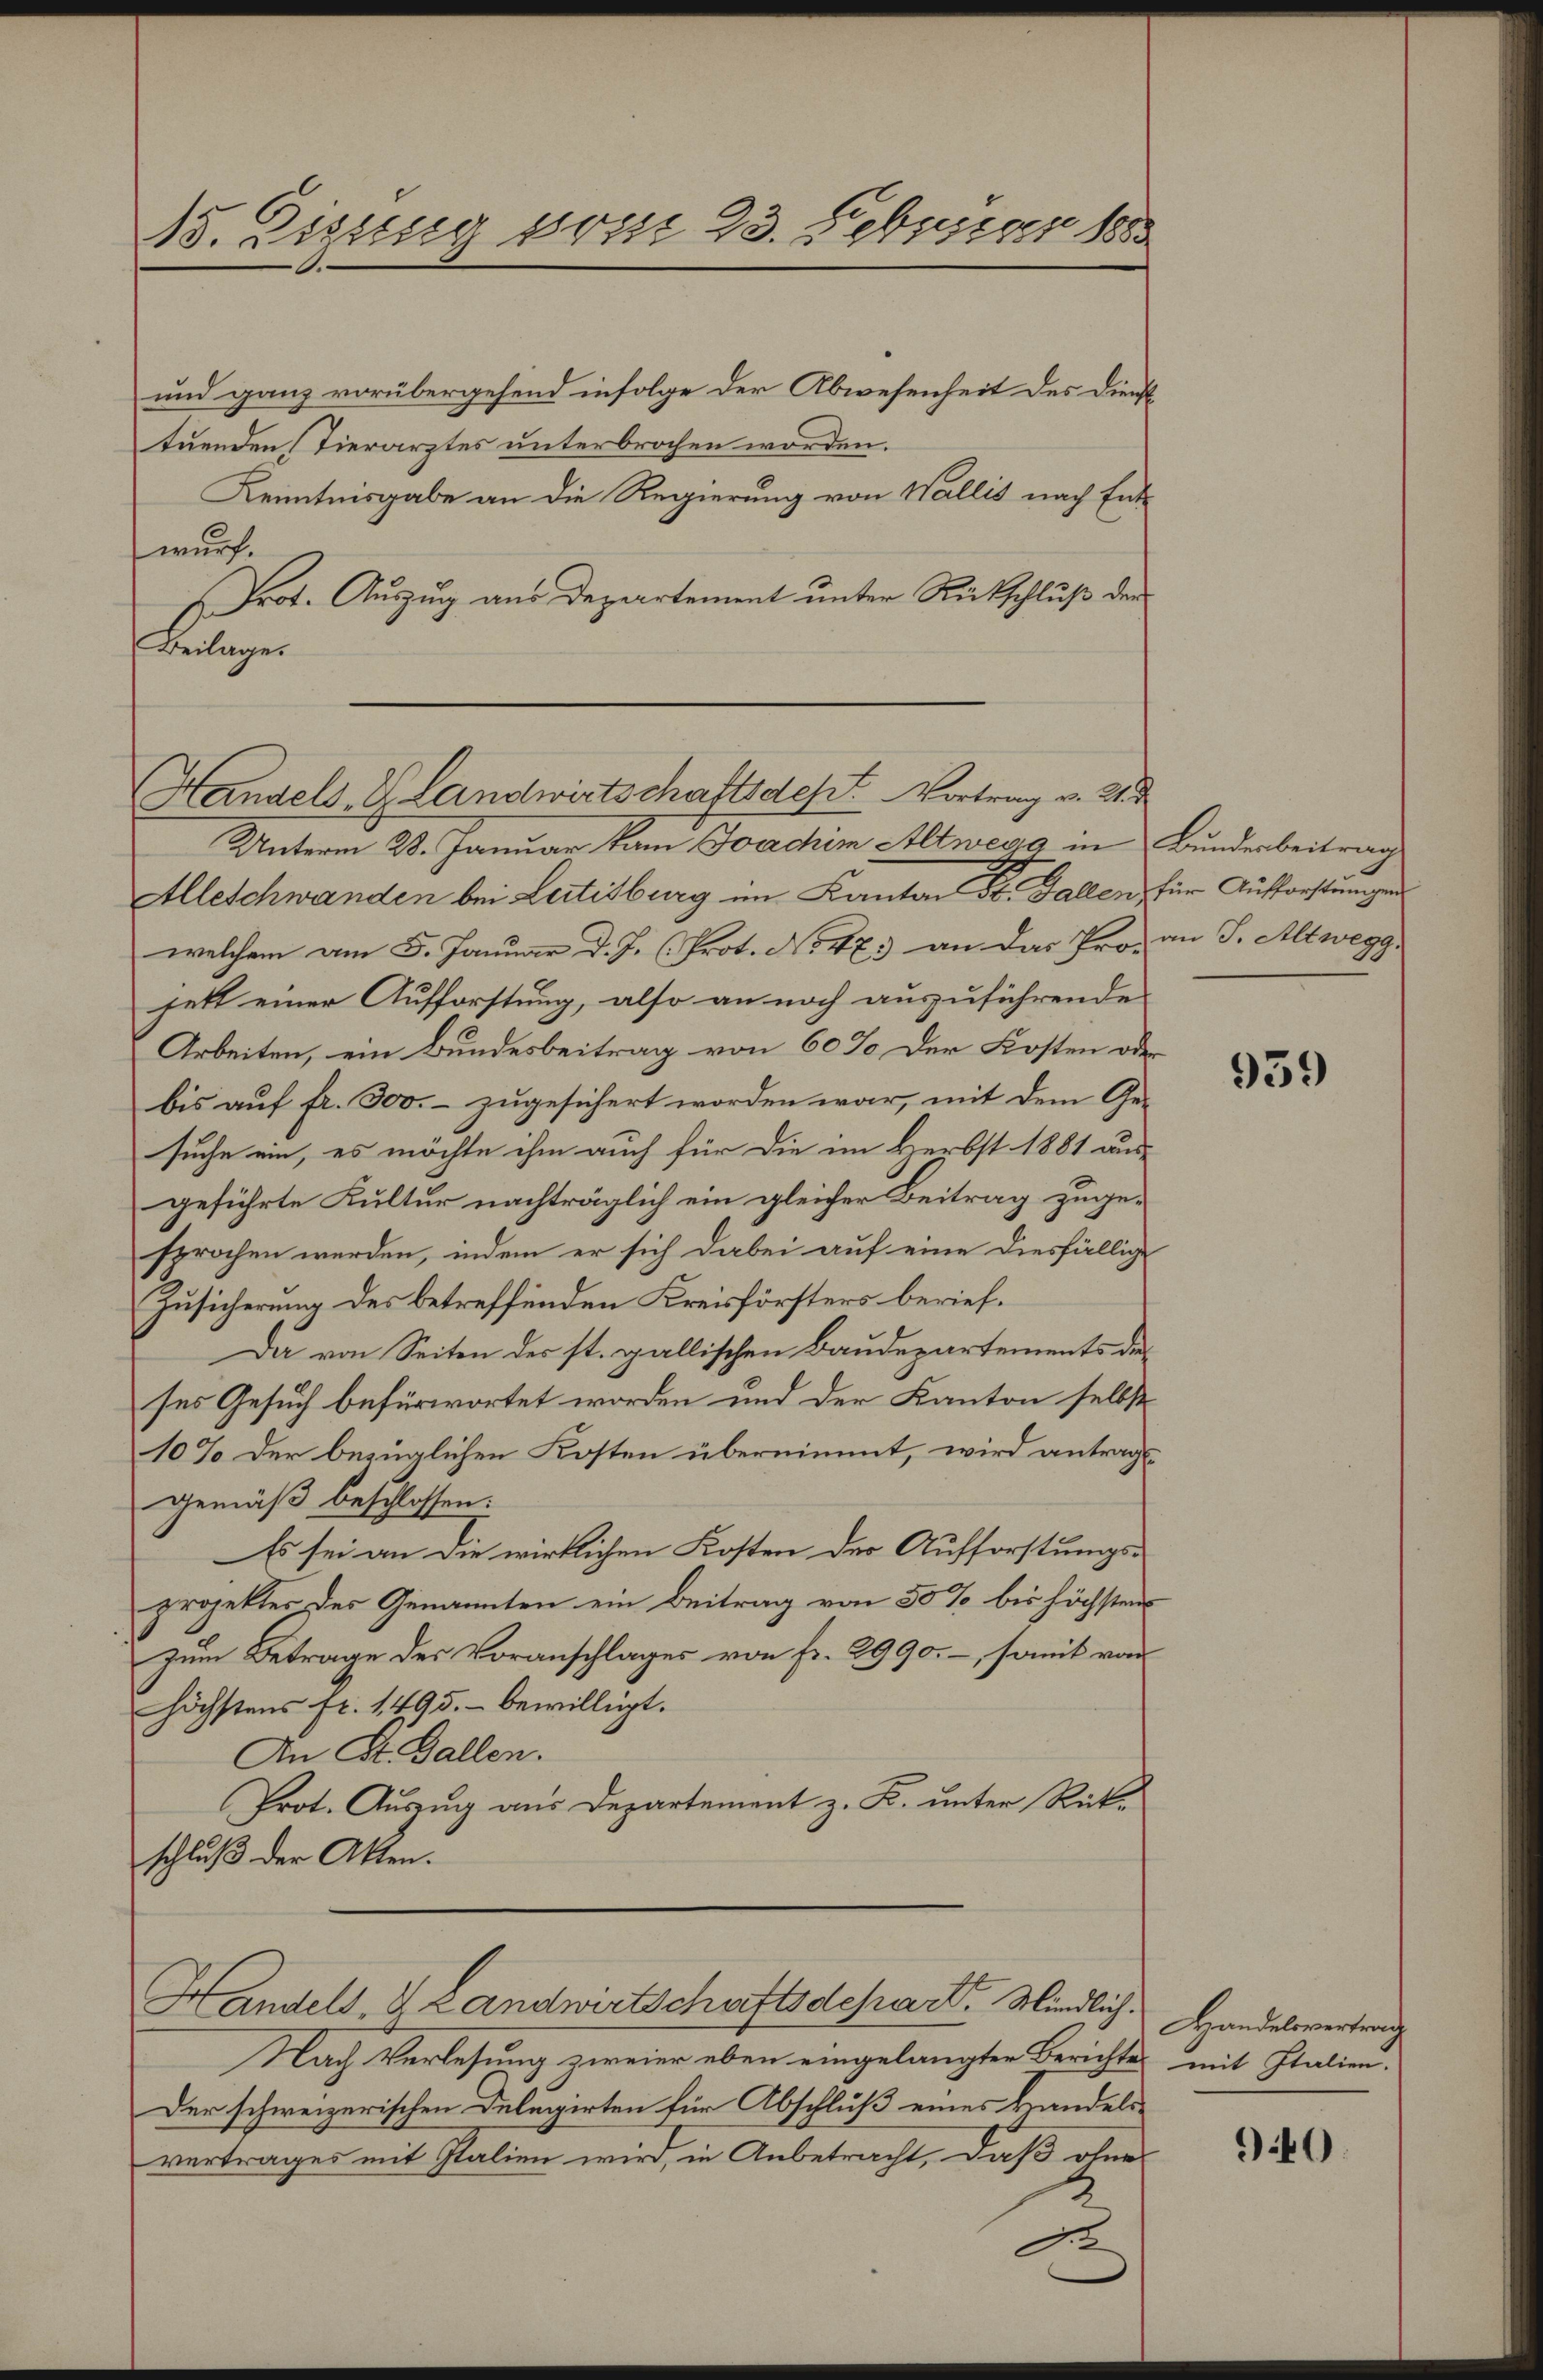
und ganz vorübergehend infolge der Abwesenheit des Dienst
tuenden Tierarztes unterbrochen worden.
Kenntnisgabe an die Regierung von Wallis nach Entwurf.
Prot. Auszug aus Departement unter Rückschluß der
Beilager

15. Diszig vom 23. Febuscar 188

Handels, Glandwirtschaftsdest. Vortrag v. 215

Unterm 28. Januar kam Joachim Altwegg in Bunderbeitrag
Alleschwanden bei Leitisburg im Kanton St. Gallen für Aufforstungen
welchem am 5. Januar d. J. (Prot. No 47. an das Pro- an J. Altwegg
jett einer Aufforstung, also an noch auszuführende
Arbeiten, ein Bundesbeitrag von 60 % der Kosten oder
bis auf fr. 300.- zugesichert worden war, mit dem Ge-
suche ein, es möchte ihm auch für die im Herbst 1881 aus-
geführte Kultur nachträglich ein gleicher Beitrag zugesprochen werden, indem er sich dabei auf eine diesfällige
Zusicherung des betreffenden Kreisförsters berief¬
Die von Seiten des st. gallischen Baudepartements der
ses Gesuch befürwortet worden und der Kanton selbst
10% der bezüglichen Kosten übernimmt, wird antragsgemäß beschlossen:
Es sei an die wirklichen Kosten der Aufforstungs-
projektes des Genannten ein Beitrag von 50 % bis höchstens
zum Betrage des Voranschlages von fr. 2990.-, somit von
höchstens fr. 1495. bewilligt.
An Dr. Ballen.
Prot. Auszug aus Departement z. K. unter Rückschluß der Akten.
Handels, u. Landwirtschaftsdepart. Mindlich.
Nach Verlesung zweier eben eingelangter Berichte mit Italien.
Der schweizerischen Delegirten für Abschluß eines Handelsvertrages mit Italien wird, in Anbetracht, daß ohne
d

959

Handelsvertrag

940.